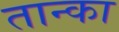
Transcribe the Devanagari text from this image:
तान्का